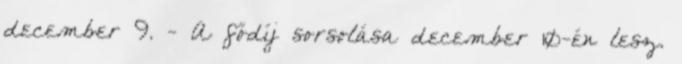
december 9. - A fődíj sorsolása december 10-én lesz.